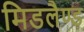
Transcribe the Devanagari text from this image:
मिडलैण्ड